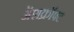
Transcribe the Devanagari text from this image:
ॲशक्रॉफ्ट